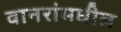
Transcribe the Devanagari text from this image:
वानरांमधील